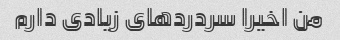
من اخیرا سردردهای زیادی دارم